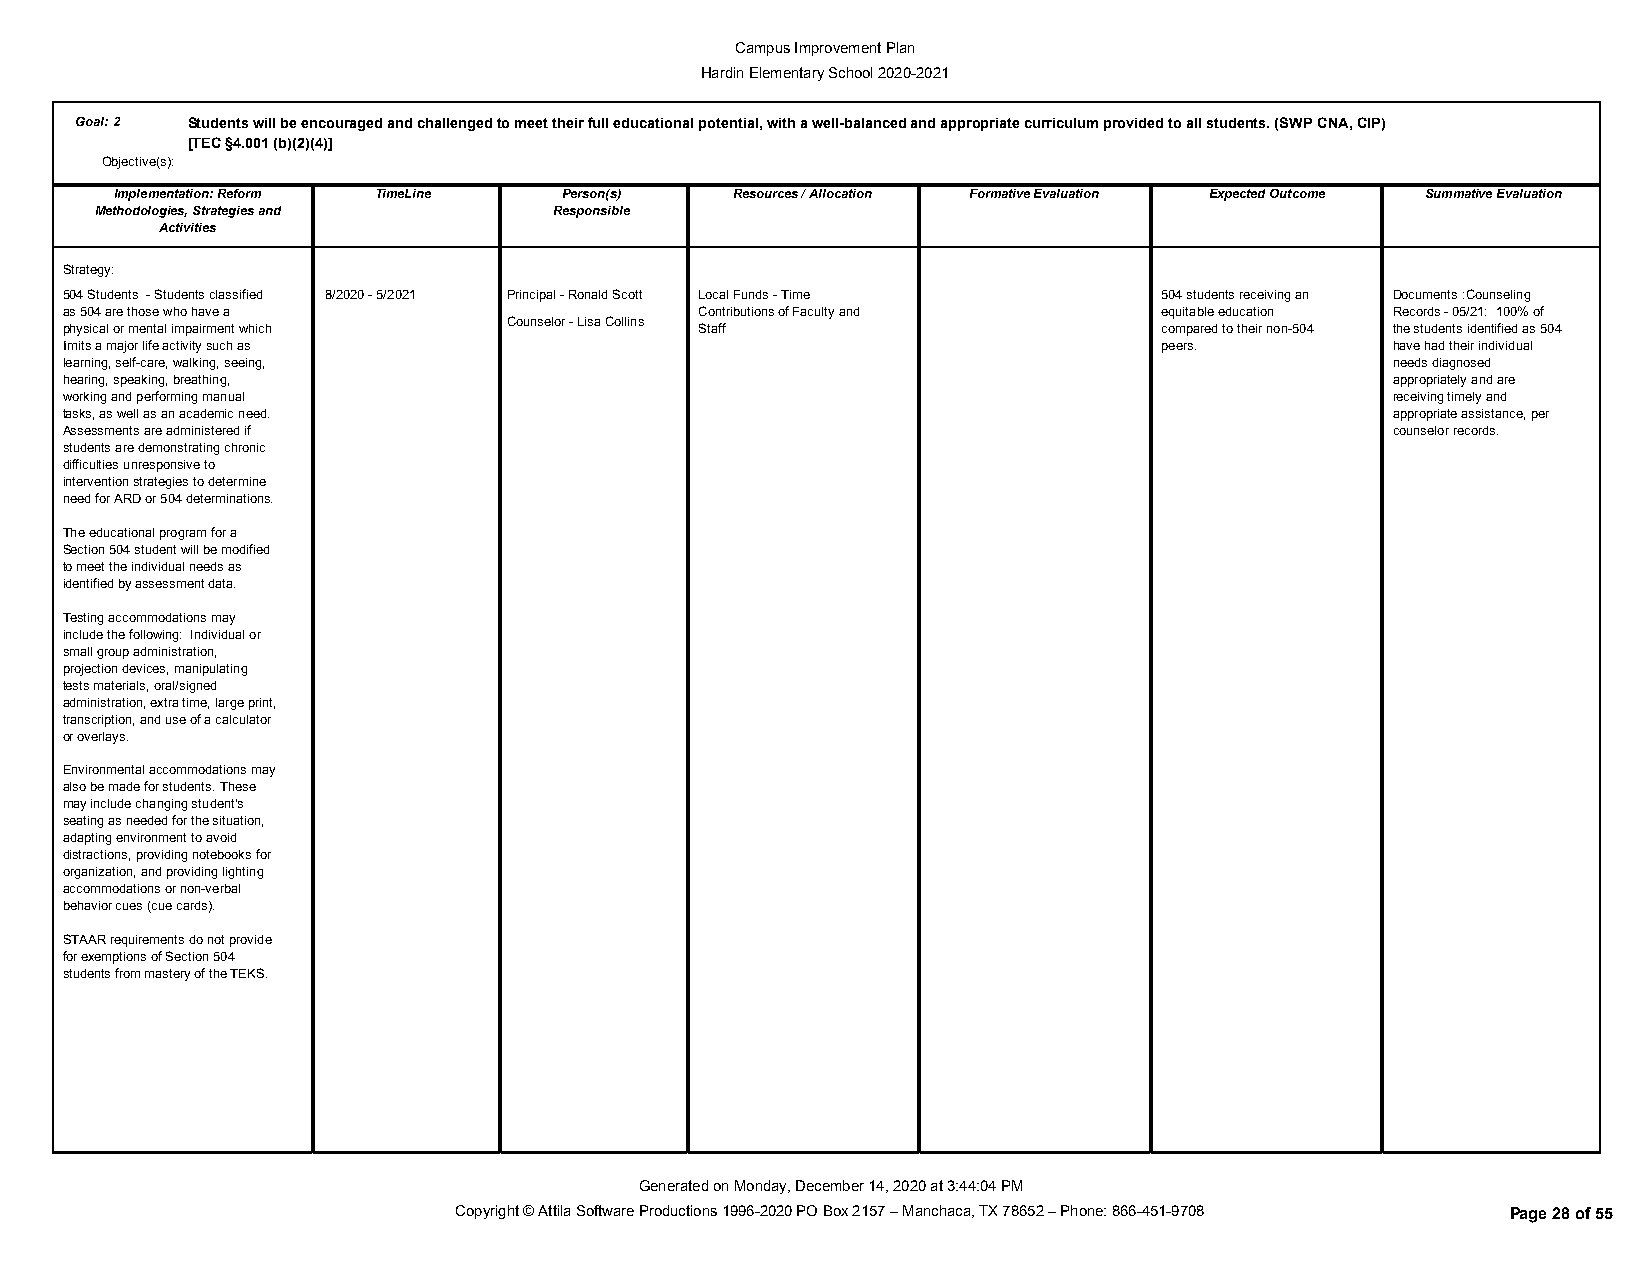
Campus Improvement Plan
 Hardin Elementary School 2020-2021
 Goal:2 Students will be encouraged and challenged to meet their full educational potential, with a well-balanced and appropriate curriculum provided to all students. (SWP CNA, CIP)
 [TEC §4.001 (b)(2)(4)]
 Objective(s):
 Implementation: Reform TimeLine Person(s) Resources / Allocation Formative Evaluation Expected Outcome Summative Evaluation
 Methodologies, Strategies and  Responsible
 Activities
 Strategy:
 504 Students - Students classified 8/2020 - 5/2021 Principal - Ronald Scott Local Funds - Time 504 students receiving an Documents :Counseling
 as 504 are those who have a               Contributions of Faculty and   equitable education Records - 05/21: 100% of
 Counselor - Lisa Collins
 physical or mental impairment which       Staff                          compared to their non-504 the students identified as 504
 limits a major life activity such as                                     peers.         have had their individual
 learning, self-care, walking, seeing,                                                   needs diagnosed
 hearing, speaking, breathing,                                                           appropriately and are
 working and performing manual                                                           receiving timely and
 tasks, as well as an academic need.                                                     appropriate assistance, per
 Assessments are administered if                                                         counselor records.
 students are demonstrating chronic
 difficulties unresponsive to
 intervention strategies to determine
 need for ARD or 504 determinations.
 The educational program for a
 Section 504 student will be modified
 to meet the individual needs as
 identified by assessment data.
 Testing accommodations may
 include the following: Individual or
 small group administration,
 projection devices, manipulating
 tests materials, oral/signed
 administration, extra time, large print,
 transcription, and use of a calculator
 or overlays.
 Environmental accommodations may
 also be made for students. These
 may include changing student's
 seating as needed for the situation,
 adapting environment to avoid
 distractions, providing notebooks for
 organization, and providing lighting
 accommodations or non-verbal
 behavior cues (cue cards).
 STAAR requirements do not provide
 for exemptions of Section 504
 students from mastery of the TEKS.
 Generated on Monday, December 14, 2020 at 3:44:04 PM
 Copyright © Attila Software Productions 1996-2020 PO Box 2157 – Manchaca, TX 78652 – Phone: 866-451-9708 Page 28 of 55